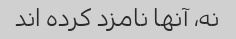
نه، آنها نامزد کرده اند